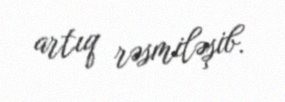
artıq rəsmiləşib.